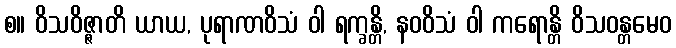
စ။ ဝိသဝိဇ္ဇာတိ ယာယ, ပုရာဏဝိသံ ဝါ ရက္ခန္တိ, နဝဝိသံ ဝါ ကရောန္တိ ဝိသဝန္တမေဝ